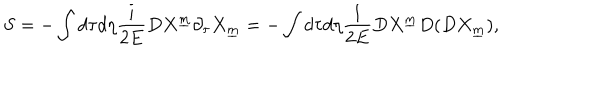
S = - \int d \tau d \eta { \frac { i } { 2 E } } D X ^ { \underline { { m } } } \partial _ { \tau } X _ { \underline { { m } } } = - \int d \tau d \eta { \frac { 1 } { 2 E } } D X ^ { \underline { { m } } } D ( D X _ { \underline { { m } } } ) ,